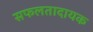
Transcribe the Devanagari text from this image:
सफलतादायक